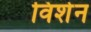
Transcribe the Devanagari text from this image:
विशेन